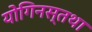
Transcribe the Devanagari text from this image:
योगिनस्तथा